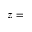
z =